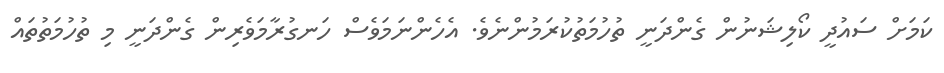
ކަމަށް ސައުދީ ކޯލިޝަނުން ގެންދަނީ ތުހުމަތުކުރަމުންނެވެ. އެހެންނަމަވެސް ހަނގުރާމަވެރިން ގެންދަނީ މި ތުހުމަތުތައް